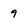
Character: 9